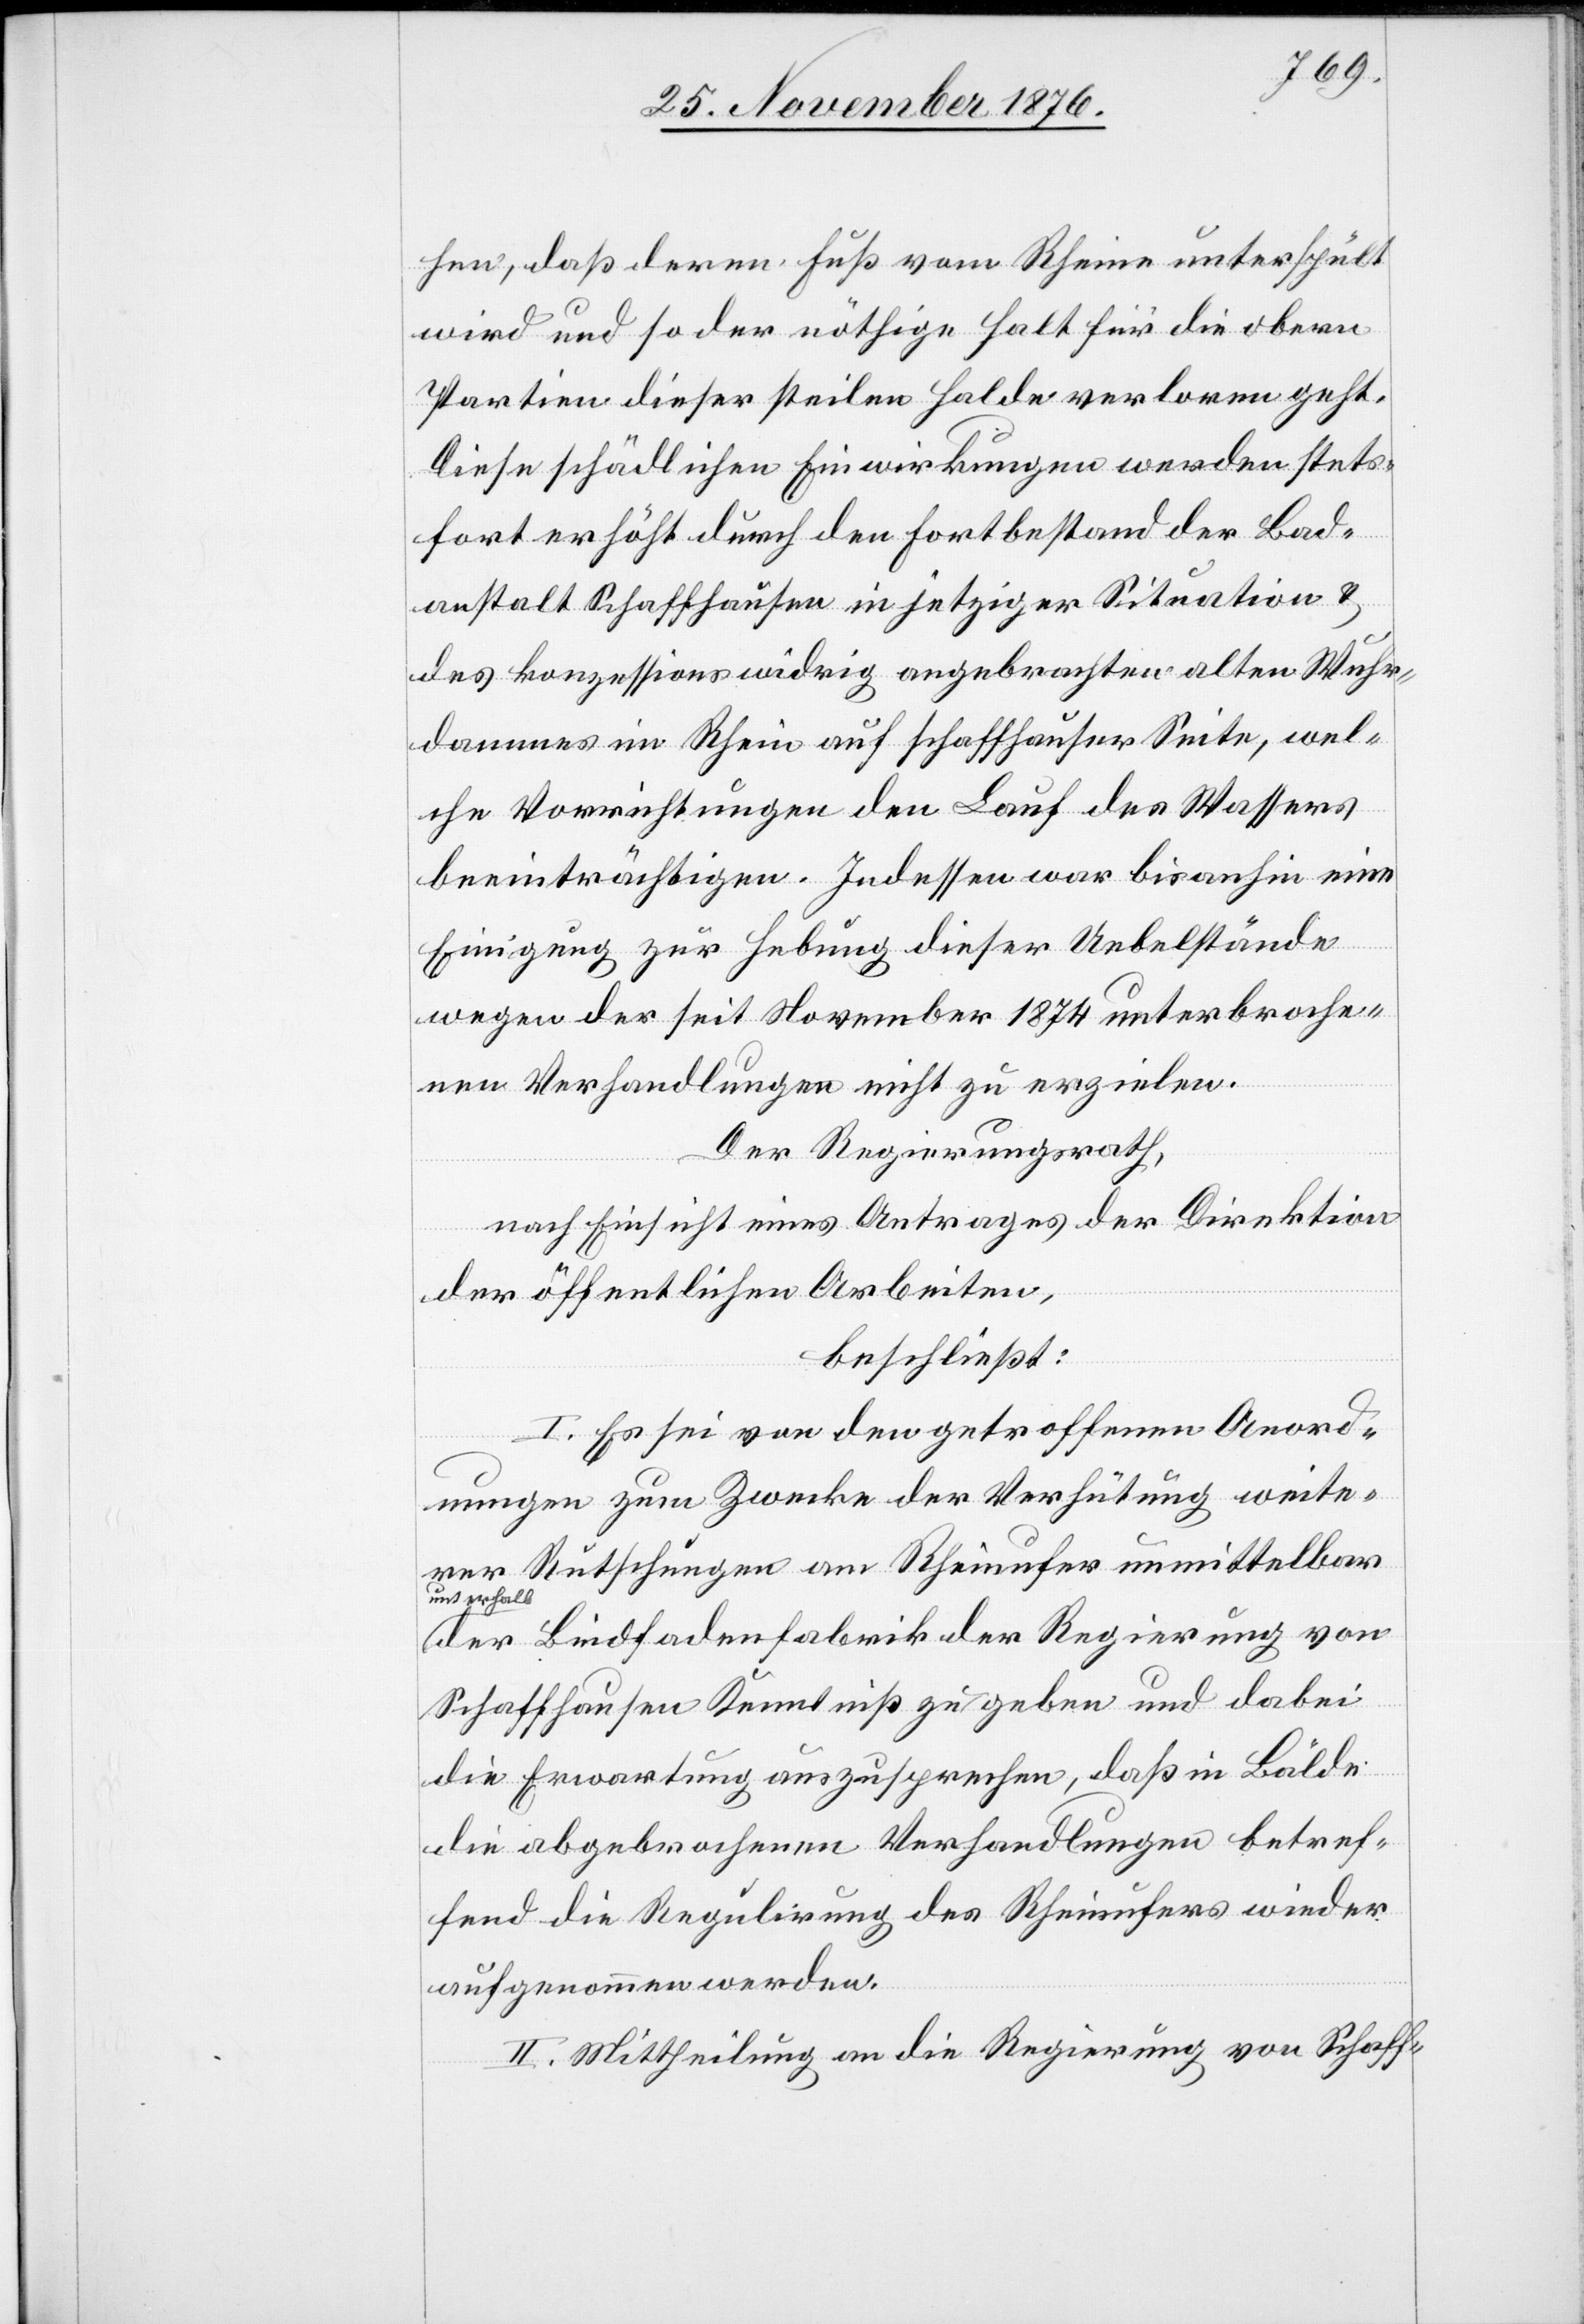
hen, daß deren Fuß vom Rheine unterspült
wird und so der nöthige Halt für die obern
Partien dieser steilen Halde verloren geht.
Diese schädlichen Einwirkungen werden stets¬
fort erhöht durch den Fortbestand der Bad¬
anstalt Schaffhausen in jetziger Situation &
des konzessionswidrig angebrachten alten Wuhr¬
dammes im Rhein auf Schaffhauser Seite, wel¬
che Vorrichtungen den Lauf des Wassers
beeinträchtigen. Indessen war bisanhin eine
Einigung zur Hebung dieser Uebelstände
wegen der seit November 1874 unterbroche¬
nen Verhandlungen nicht zu erzielen.
Der Regierungsrath,
nach Einsicht eines Antrages der Direktion
der öffentlichen Arbeiten,
beschließt:
I. Es sei von den getroffenen Anord¬
nungen zum Zwecke der Verhütung weite¬
rer Rutschungen am Rheinufer unmittelbar
unterhalb
der Bindfadenfabrik der Regierung von
Schaffhausen Kenntniß zu geben und dabei
die Erwartung auszusprechen, daß in Bälde
die abgebrochenen Verhandlungen betref¬
fend die Regulirung des Rheinufers wieder
aufgenommen werden.
II. Mittheilung an die Regierung von Schaff-